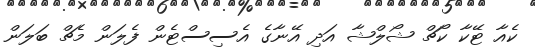
ކެއާ ޓޭކާ ކޯޗް ޝޯލްޝާ އަދި އޭނާގެ އެސިސްޓެން ފެލަން މެޗް ބަލަން